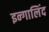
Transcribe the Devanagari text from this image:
इन्गालिंद